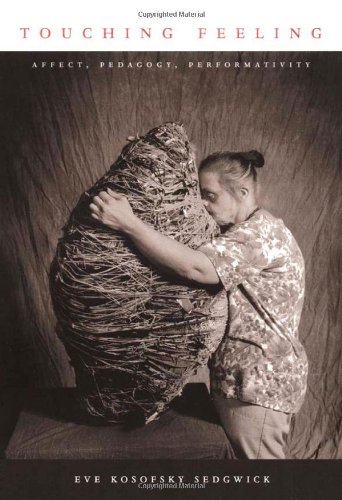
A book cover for Touching Feeling: Affect, Pedagogy, Performativity (Series Q); Eve Kosofsky Sedgwick; Gay & Lesbian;